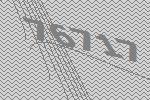
76717